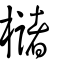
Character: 櫧